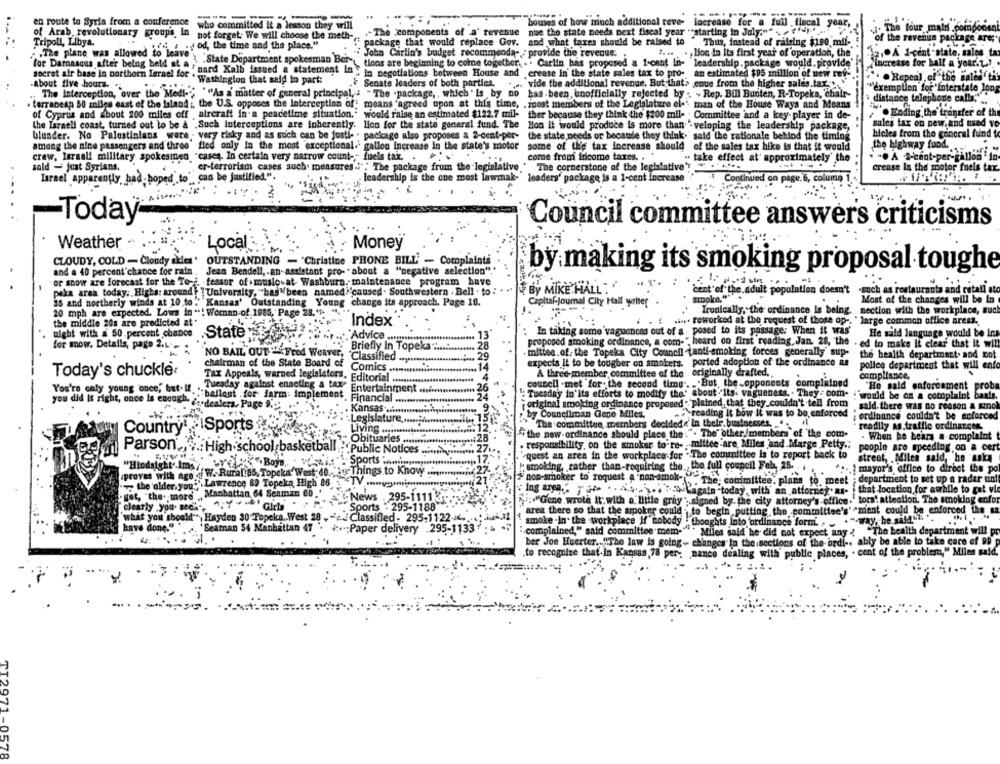
en route to Syria from a conference
bouses of how much additional teve- increase for a full . fiscal year,
who committed it a lesson they will
The four mald pompocent
of Arab, revolutionary groups, in not forget; We will choose the meth-
.- The components of a revenue noe the state needs next fiscal year ""starting in July."" . """
of the revenus package are;
Tripoli, Libya.
Fri z :od the time and the place."
package that would replace Gov. and what taxes should be raised to Thus, instead of raising $190 mil-
.The plane was allowed to leave"
. John Carlin's budget recommenda- : provide the revenue. .
1 ... .., lion in Its first year of operation, the"
"2 .. A 1-cent-state, sales tax
\ "State Department spokesman Bert, tions are beginning to come together. . . Carlin has proposed a 1-cant in- leadership. package would. provide'
increase for hall a year.L".
for Damascus after being held ac a ' mard Kalb issued a statement in" in negotiations between House and . crease In the state sales tax to pro- an estimated $85 million of new revs
. . Repeal of"the intel 'tit
-about five hours.
secret air base in northern Israel fof . Washington that said in part:
' Senate leaders of both parties.
vide the additional revenue, But that> enue from the higher sales tax ...
"exemplion for "Interstate long
The Interception, over the Medi -, ""As a matter of general principal, : " The .package, , which " Is by no has-been, unofficially rejected by : - Rep. Bull Bunten, R-Topeka, chair-
$ distance telephone calls."
terranesp 50 miles east of the island ;, the U.S. opposes the Interception of' means 'agreed upon at this time, . most members of the Legislature el-' man of the House Ways and Means
of Cyprus and about 200 miles off aircraft in'a peacetime situation.' would raise an estimated $122.7 mil-
ther because they think the $200 mil- . Committee and a key- player in de-
.Ending the' transfer of the
"sales tax on new and used vo
the Liraell coast, turned out to be a ,Such Interceptions are inherently.
lion for the state general fund. The
Hon It would produce is more than "-veloping the leadership package,
blunder. No Palestinians were very risky and as such can be justi- . package also proposes a 2-cent-per-
the state needs or because they think." said the rationale behind the timing
hicles from the general fund to
some of the tax Increase should of the sales tax hike is that it would
the highway fund ..
among the nine passengers and three' fled only In the most exceptional.' gallon Increase in the state's motor
crew, Israel! military spokesmen "cases. In certain very narrow count -, " fuels tak. .
come from income taxes.
" take effect at approximately" the
. .. A 2-cent-per-gallon in
sald - just Syrians.
er-terrorism cases such. measures .; "" The package from the legislative'
The cornerstone of the legislative'
crense In the motor fuels tax.
Israel apparently, had hoped" to" can be justified.".
leadership is the one most lawmak-
leaders' package is a 1-cent Increase
Continued on page.6, column 1.
Council committee answer's criticisms
Weather
Money
Local
CLOUDY, COLD - Cloudy skies ' OUTSTANDING - "Christine PHONE BILL - Complaints
and a 40 percent chance for rain .
Jean Bendell, . an-assistant pro- "about a "negative selection"."
by making its smoking proposal toughe
or snow are forecast for the To -¿, fessor of music at Washburn. maintenance program have
By MIKE HALL
cent of the. adult population doesn't .such as restaurants and retall sto
peka area today. Highs: around " " University, "has been named ''caused . Southwestern . Bell . to:
smoke."""
35 and northerly winds at 10 to."Kansas' Outstanding Young change its approach. Page 16.
Capital-Journal City Hall writer .
Most of the changes will be In
20 mph are expected. Lows In **! Woman-of 1985, Page 28.""
Ironically, the ordinance is being.
nection with the workplace, such
the middle 20s are predicted at .
Index
..... reworked at the request of those op -, " large common office aress.
night with a 50.percent chance
.State
"Advice
13
In taking some vagueness out of a . posed to its passage: When it was'
He said language would be Ins
28
proposed smoking ordinance, a com-" heard on first reading, Jan. 28, the . ed to make It clear that it will
for mow. Detalls, page 2.6 -
Briefly In Topeka :...
mittee.of. the Topeka City Council tanti-smoking forces generally' sup-
"NO BAIL OUT "" Fred Weaver,
Classified
.... 29
the health department. and not
chairman of the State Board of
Comics
expects It to be tougher on smokers, ported adoption of the ordinance as
police department that will ento
Today's chuckle:
A three-member committee of the originally drafted.
Tax Appeals, warned legislators. Editorial .
4
council .met "for, the second time .. .. But, the _opponents complained
compliance.
You're only young once, but. Il. ..
Tuesday against enacting a tax"
26
"He said enforcement prob
ballout .for farm: Implement
Entertainment .nem
Financial
-24
": Tuesday in' Its efforts to modify the' about Its. vagueness. . They . com-
'would be an a complaint bants.
you did It right, once is enough. & :. dealers, Page 9.
. 9
original smoking ordinance proposed . plained, that they couldn't tell from
said. there WAS no reason & mmol
Kansas ....
." reading it bow it was to be enforced
Legislature
by Councilman Gene Miles.
;ordinance couldn't be enforced
Country: > ISports Jevy
Livin
....: 12.
"The committee members deeldede' In their. businesses. "
readily as traffic ordinances
"the new-ordinance should place the.". The" other/members of the com-
. When he hears a complaint
:28
. respondibility on the smoker to-re- , mittee-are Miles and Marge Petty .;
Parson ,, " .. High school basketball
Public Notices ...........
:27
people are speeding on a cert
.17
quest an area in the workplace for . The committee is to report back to
street, . Miles said, he make
"Hindsight'.Ims".
Sports ineine ...
Sports in
smoking, rather than-requiring the ., the full coupell Feb, 25.
provas with age d W. Rural!65, Topeka'West: 40. Muy Things to Know ........
e Things to Know ..
27
.. mayor's office to direct the po
the older, you:" Lawrence 69 Topeka High 86
₩$21
# nop-smoker to request a non-smok-
. The; committee, plans to meet
; department to set up a radar uini
" get, "the. more" ,, Manhattan 64 Seaman 6D '
Ing area." pur . asso lagata-today, with an attorney. as- that location for awhile to get vi
clearly you seek", "Y """"Girls
.295.
:"Gene wrote It; with a little gray "; signed by. the city attorney's office. tors" attention. The smoking enfor
Sports . 295-1188
area there so that the smoker could . to begin, putting the committee's" "ment could be enforced the sa
what you should", Hayden 30 Topeka. West 28 . - 'c. Classified - 295-1122-6 ..
have done."
smoke -In. the workplace If nobody . thoughts Into ordinance formi. . . "way, he said" .
'Seaman 54 Manhattan 47 . ... Paper delivery .295-1133
complained," said committee mem-"" " Miles said he did not expect any : "The health department will pr
ber Joe Huerter. "The law is going- changes In the sections of the brdi -. ably be able to take care of 99 p
.to recognize that-in Kansas,78 per- nance dealing with' public places, . cent of the problem," Miles said.
TI2971-0578